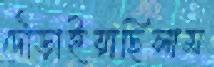
দৌড়াইয়াছিলাম